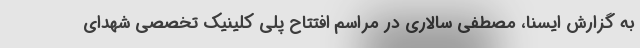
به گزارش ایسنا، مصطفی سالاری در مراسم افتتاح پلی کلینیک تخصصی شهدای